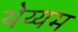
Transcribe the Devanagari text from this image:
थेय्यम